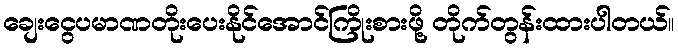
ချေးငွေပမာဏတိုးပေးနိုင်အောင်ကြိုးစားဖို့ တိုက်တွန်းထားပါတယ်။